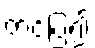
တင်ပြ၍